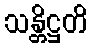
သန္တိဋ္ဌတိ